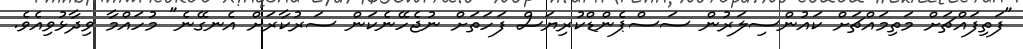
"ފަތިފައްޗަށް މަތިމައްޗަށް ކައުންސިލަރުން ސަސްޕެންޑްކުރިޔަސް ފަހަތަށް ނުޖެހޭނެކަން ސަރުކާރަށް އެނގޭނެ" މުހައްމާ ވިދާޅުވިއެވެ.